Annual statistical returns and brief notes on vaccination in Bengal - 1909-1929
Year: 1909
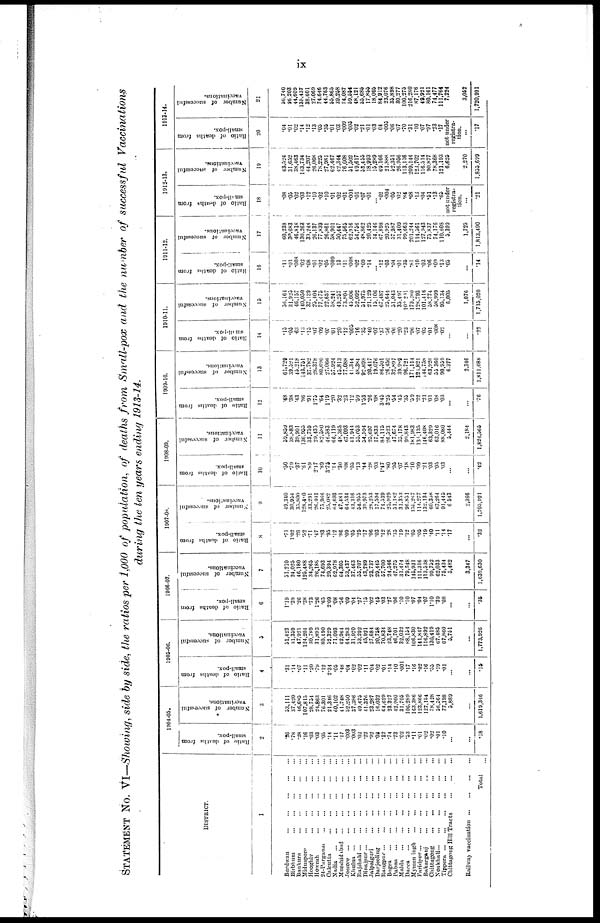
ix
STATEMENT No. VI—Showing, side by side, the ratios per 1,000 of population, of deaths from Small-pox and the number of successful Vaccinations
during the ten years ending 1913-14.
DISTRICT.
1
Burdwan
...
...
...
...
...
Birbhum
...
...
...
...
...
Bunkura
...
...
...
...
...
Midnapore
...
...
...
...
...
Hooghly
...
...
...
...
...
Howrah
...
...
...
...
...
24-Parganas
...
...
...
...
...
Calcutta
...
...
...
...
...
Nadia
...
...
...
...
...
...
Murshidabad
...
...
...
...
...
Jessore
...
...
...
...
...
...
Khulna
...
...
...
...
...
...
Rajshahi
...
...
...
...
...
...
Dinajpur
...
...
...
...
...
...
Jalpaiguri
...
...
...
...
...
Darjeeling
...
...
...
...
...
Rangpur ... ... ... ... ... ...
Bogra
...
...
...
...
...
...
Pabna
...
...
...
...
...
...
Malda
...
...
...
...
...
...
Dacca
...
...
...
...
...
...
Mymensingh
...
...
...
...
...
Faridpur...
...
...
...
...
...
Bakarganj
...
...
...
...
...
Chittagong
...
...
...
...
...
Noakhali
...
...
...
...
...
...
Tippera
...
...
...
...
...
...
Chittagong Hill Tracts
...
...
...
Railway vaccination
...
...
...
...
Total ...
1904-03.
Ratio of deaths from
small-pox.
2
.26
.78
.28
.16
.03
.03
.05
.14
.11
.17
.003
.003
.02
.22
.92
.03
.12
.74
.73
.02
.53
.11
.01
.02
.02
.01
.10
...
...
.18
Number of successful
vaccinations.
3
53,111
37,420
46,685
107,815
28,734
24,863
76,301
21,346
60,102
41,748
52,250
37,386
49,475
41,376
23,287
16,032
64,629
23,327
42,960
31,705
106,289
163,386
123,866
127,154
78,428
56,564
77,198
5,889
...
1,619,346
1905-06.
Ratio of deaths from
small-pox.
4
.31
.14
.07
.11
.20
.79
.12
2.34
.05
.48
.04
.02
.02
.11
.04
.02
.01
.14
.10
.001
.17
.16
.02
.16
.55
.19
.01
...
...
.15
Number of successful
vaccinations.
5
51,423
31,359
47,921
124,204
30,789
31,893
80,490
52,329
71,093
42,964
64,283
31,970
53,292
45,921
27,684
20,758
70,834
23,748
46,701
32,032
88,154
166,830
141,847
116,892
130,419
67,485
67,860
5,751
...
1,773,926
1906-07.
Ratio of deaths from
small-pox.
6
1.19
.39
.26
.38
.73
1.26
.65
2.09
.08
.56
.09
.04
.27
.15
.02
.45
.03
.27
.06
.10
.10
.07
.04
.07
1.10
.39
.08
...
...
.35
Number of successful
vaccinations.
7
51,210
24,025
46,180
125,488
34,265
26,188
74,693
29,394
62,978
64,305
53,437
37,463
55,707
43,789
23,737
29,445
57,700
24,546
47,275
31,474
79,548
145,931
111,316
113,538
99,752
62,033
75,434
5,482
3,347
1,639,630
1907-08.
Ratio of deaths from
small-pox.
8
.71
1.02
.28
.52
.71
.47
.93
.95
.12
.86
.09
.05
.25
.17
.06
.03
.12
.28
.25
19
.12
.05
.05
.19
.40
.11
.14
.17
...
.32
Number of successful
vaccinations.
9
49,340
30,954
35,800
128,480
33,291
26,401
75,966
25,082
64,693
47,481
64,534
43,316
54,955
39,973
28,253
17,594
74,539
25,929
51,182
31,353
96,851
156,267
114,277
132,134
60,358
67,264
91,445
6,543
2,366
1,705,921
1908-09.
Ratio of deaths from
small-pox.
10
.50
.79
.37
.61
.89
2.17
.89
3.75
.14
.30
.08
.05
.13
.44
.28
.03
1.47
.80
.95
.07
.18
.10
.09
.21
.03
.05
.03
...
...
.42
Number of successful
vaccinations.
11
59,859
38,883
39,901
136,955
33,759
29,435
82,580
46,583
66,119
48,365
67,093
41,944
55,053
54,594
25,697
17,833
84,115
26,523
47,674
35,178
99,843
181,983
136,133
146,408
63,329
63,016
88,080
5,444
2,184
1,824,565
1909-10.
Ratio of deaths from
small-pox.
12
.48
.38
.43
.86
.91
1.75
.64
1.19
.20
.32
.23
.12
.59
1.53
.26
.08
3.45
3.25
.54
.45
.35
.59
.22
.21
.01
.08
.03
...
...
.76
Number of successful
vaccinations.
13
61,729
39,521
45,218
143,751
37,782
28,378
80,690
27,066
57,924
45,813
77,088
41,344
48,384
92.698
20,417
19,076
86,501
26,450
32,897
39,989
96,721
171,114
126,821
144,758
63,926
55,360
90,959
6,377
3,346
1,811,088
1910-11.
Ratio of deaths from
small-pox.
14
.15
.05
.63
.13
.15
.07
.09
.05
.01
.20
.12
.005
.16
.35
.40
.07
.37
.56
.06
.20
.23
.96
.07
.05
.01
.008
.02
...
...
.22
Number of successful
vaccinations.
15
56,164
31,923
46,157
140,050
37,139
25,404
77,475
22,657
58,241
49,257
73,804
45,006
52,092
51,975
21,129
15,106
67,487
25,644
51,043
35,497
102,201
179,280
128,793
101,416
58,774
58,999
95,134
6,005
1,076
1,715,020
1911-12.
Ratio of deaths from
small-pox.
16
.11
.03
.008
.02
.08
.01
.02
.05
.009
.13
.11
.008
.02
.09
.14
...
.12
.03
.04
.01
.35
.81
.10
.03
.06
.09
.13
.05
...
.14
Number of successful
vaccinations.
17
60,238
30,683
46,818
130,263
39,248
26,137
77,839
26,861
58,901
50,447
75,565
62,916
54,756
48,862
30,425
14,146
67,898
20,925
57,987
31,409
99,663
201,244
114,561
127,943
75,837
74,176
110,608
5,399
1,725
1,813,490
1912-13.
Ratio of deaths from
small-pox.
18
.08
.05
.02
.03
.12
.10
.02
.10
.01
.02
.01
.001
.01
.07
.01
...
.02
.004
.05
.02
.84
.68
.13
.04
.51
.13
.65
not under
registra-
tion.
...
.21
Number of successful
vaccinations.
19
63,524
31,652
38,463
143,734
44,207
26,068
78,225
27,981
62,467
42,344
76,008
51,502
49,617
53,455
18,993
15,289
69,166
21,888
52,351
26,956
113,116
209,144
123,702
116,514
90,877
78,368
121,193
6,625
2,270
1,835,699
1913-14.
Ratio of deaths from
small-pox.
20
.04
.01
.02
.14
.12
.13
.05
.35
.01
.03
.009
.005
.02
.21
.01
.03
.04
.005
.06
.07
.70
.31
.10
.07
.97
.23
.17
not under
registra-
tion.
...
.17
Number of successful
vaccinations.
21
56,740
26,203
44,609
135,437
38,601
27,069
74,646
44,763
55,865
39,258
74,087
59,554
48,121
55,685
17,855
18,005
84,912
23,076
35,898
30,277
100,275
216,280
87,176
49,921
80,161
74,477
111,764
7,224
3,052
1,720,991